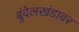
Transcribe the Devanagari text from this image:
बुंदेलखंडावर